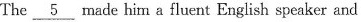
The \underline{5} made hi n a fluent English speaker and